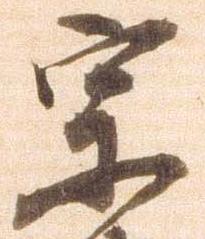
宗